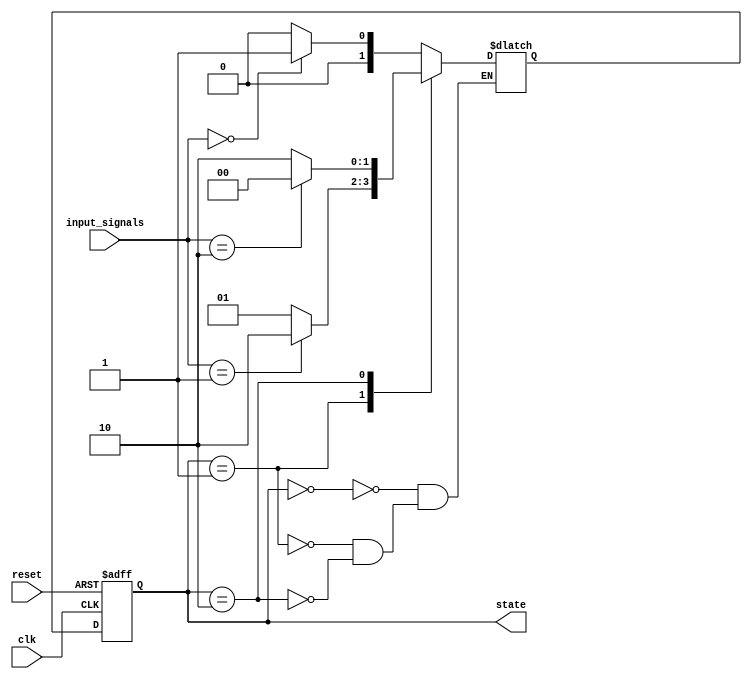
module fsm (
    input wire clk,
    input wire reset,
    input wire [1:0] input_signals,
    output wire [1:0] state
);

// Define state encoding
parameter S0 = 2'b00; // State 0
parameter S1 = 2'b01; // State 1
parameter S2 = 2'b10; // State 2

reg [1:0] current_state, next_state;

// Define state machine logic
always @(posedge clk or posedge reset) begin
    if (reset) begin
        current_state <= S0;
    end else begin
        current_state <= next_state;
    end
end

// Define next state logic
always @* begin
    case(current_state)
        S0: begin
            if (input_signals == 2'b00) begin
                next_state = S1;
            end else begin
                next_state = S0;
            end
        end
        S1: begin
            if (input_signals == 2'b01) begin
                next_state = S2;
            end else begin
                next_state = S1;
            end
        end
        S2: begin
            if (input_signals == 2'b10) begin
                next_state = S0;
            end else begin
                next_state = S2;
            end
        end
    endcase
end

// Assign current state to output
assign state = current_state;

endmodule